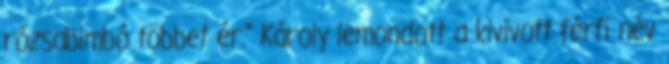
rózsabimbó többet ér." Károly lemondott a kivivott férfi név